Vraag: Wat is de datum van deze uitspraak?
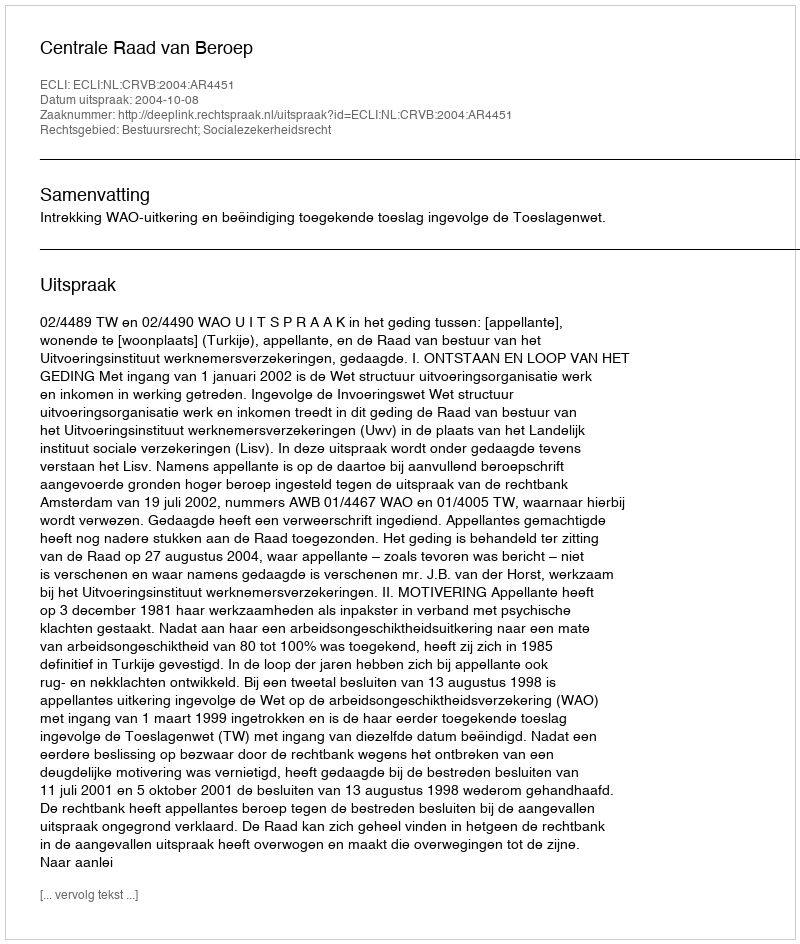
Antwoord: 2004-10-08